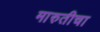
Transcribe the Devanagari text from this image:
मारुतीचा